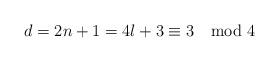
LaTeX: \begin{align*}d=2n+1=4l+3\equiv 3\mod 4\end{align*}